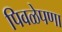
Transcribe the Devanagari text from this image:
पिवळेपणा